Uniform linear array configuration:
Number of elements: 4
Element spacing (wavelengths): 1
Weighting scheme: kaiser
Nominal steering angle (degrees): -30
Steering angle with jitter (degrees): -31.043
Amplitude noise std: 0.05
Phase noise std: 0.05

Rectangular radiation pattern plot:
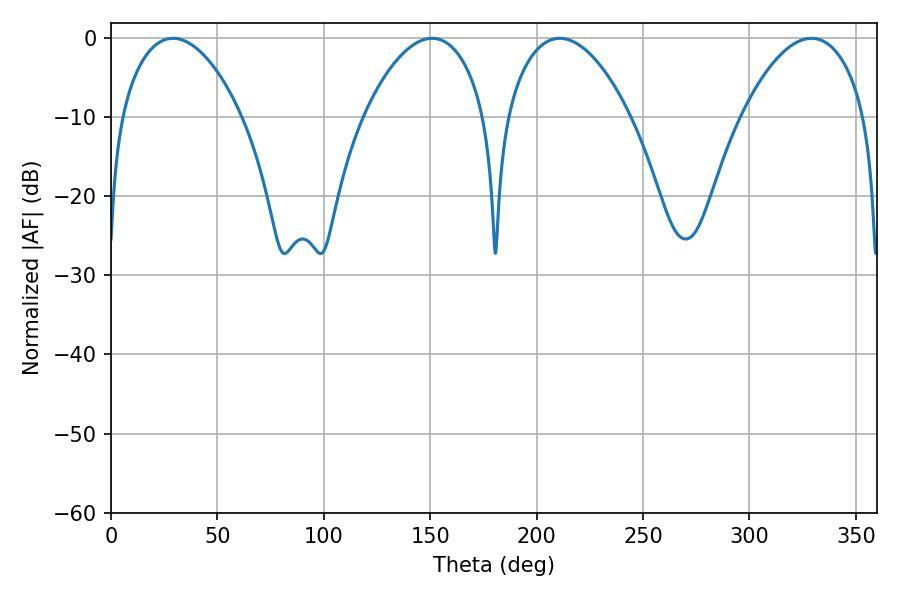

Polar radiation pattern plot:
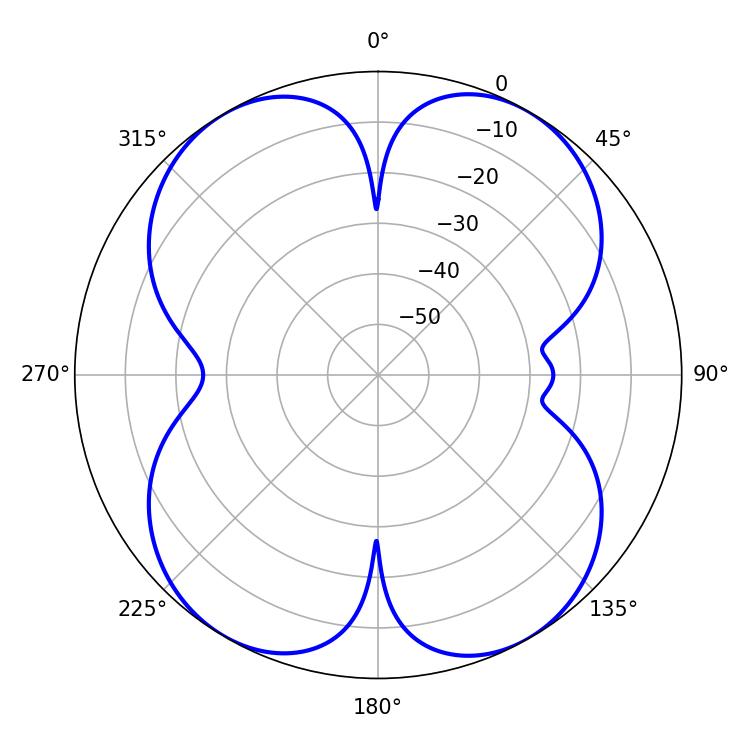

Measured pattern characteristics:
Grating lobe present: TRUE
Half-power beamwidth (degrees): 31.86
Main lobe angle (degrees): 29.16